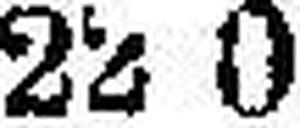
22 0